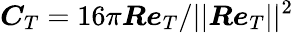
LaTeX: \boldsymbol{C}_{T}=16\pi\boldsymbol{Re}_{T}/||\boldsymbol{Re}_{T}||^{2}